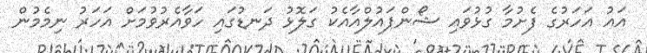
އައު އަހަރުގެ ފެށުމާ ގުޅުވައި ޝޯންޕައުލްއާއެކު ގަލޮޅު ދަނޑުގައި ހަވާއެރުވުމަށް އަހަރު ނިމެމުން